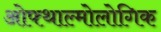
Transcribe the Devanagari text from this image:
ओफ्थाल्मोलोगिक